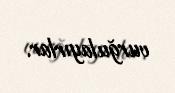
vurğulayırlar.